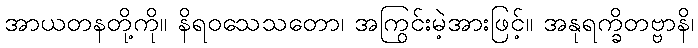
အာယတနတို့ကို။ နိရဝသေသတော၊ အကြွင်းမဲ့အားဖြင့်။ အနုရက္ခိတဗ္ဗာနိ၊